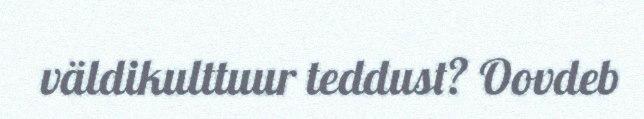
väldikulttuur teddust? Oovdeb